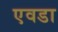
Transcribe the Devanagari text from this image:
एवडा